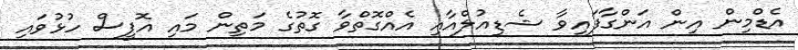
އެޑްމިން އިން އަންގާފައިވާ ޝެޑިއުލްއާއި އެއްގޮތްވާ ގޮތުގެ މަތިން މައި އޮފީސް ހުޅުވައި